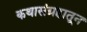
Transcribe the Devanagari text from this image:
कथासंग्रहातून